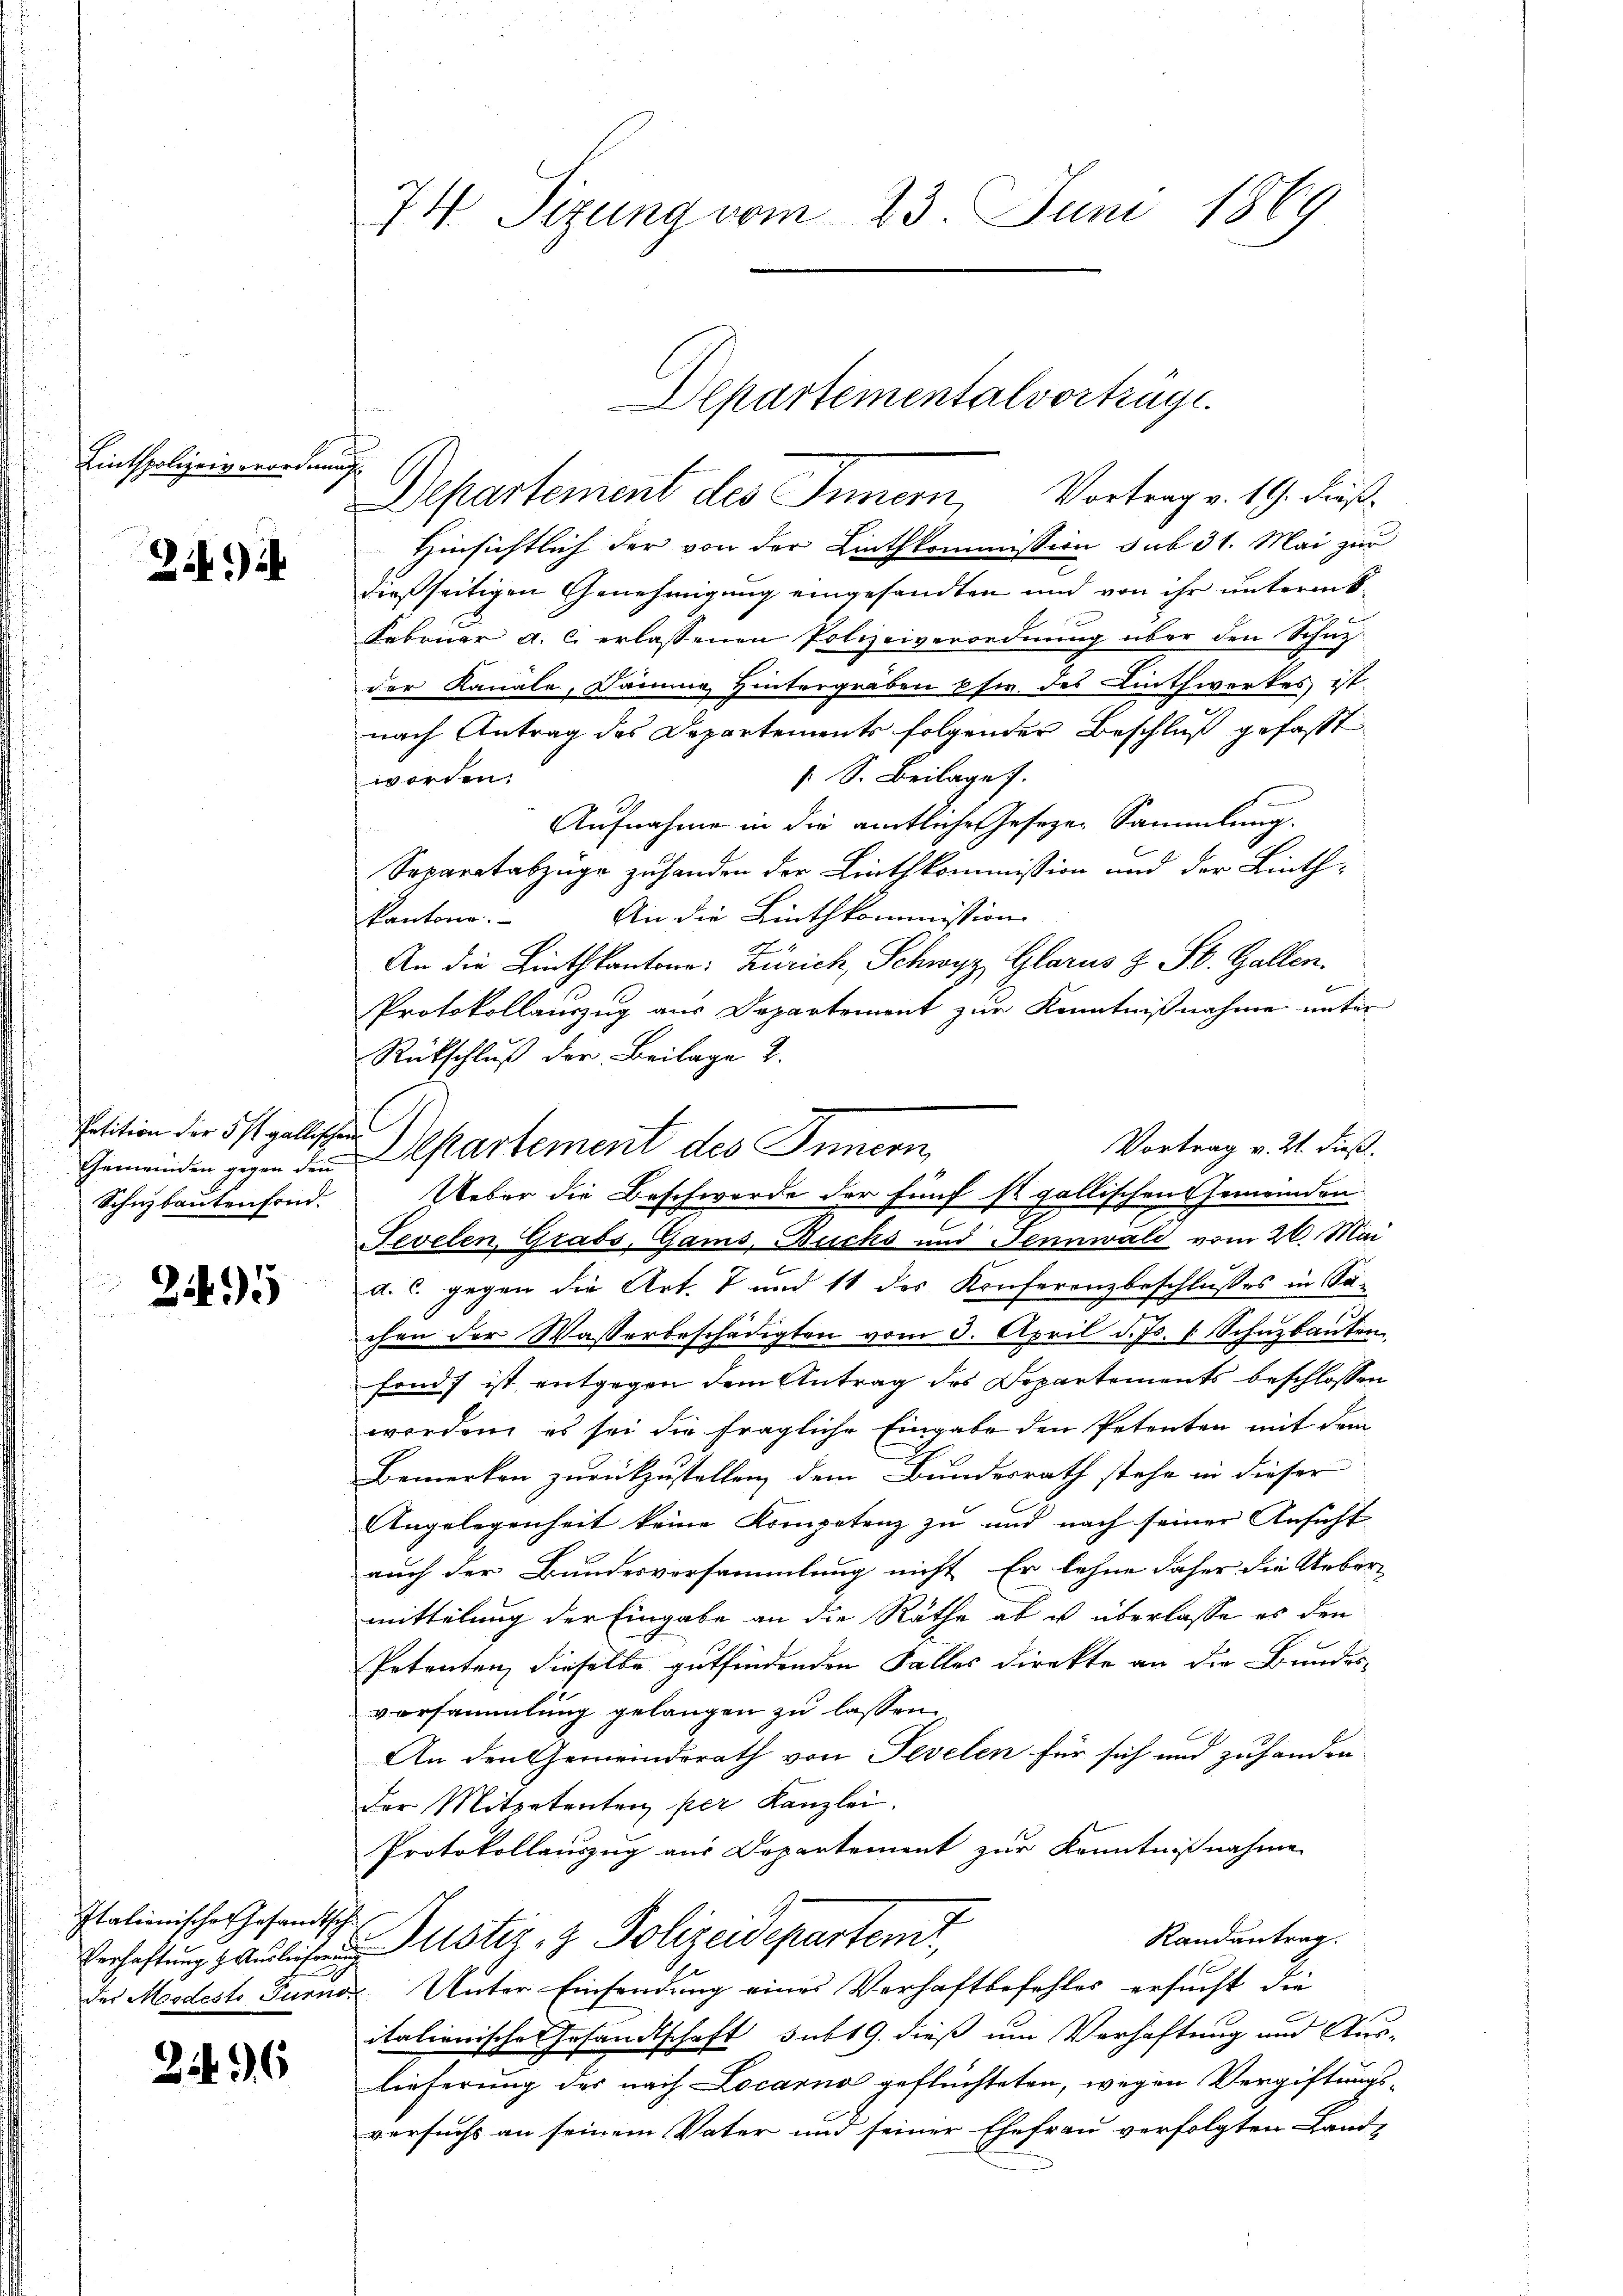
Linthpolizeiverordne

Zif.

Petition der 3 st gallische
Gemeinden gegen den
Schibautenfond.

245

f

Italionisches Gesandtsch
Verhaftung & Auslieferung
des Modesto Turno

26

74 Sizung vom 23. Juni 1869

Hinsichtlich der von der Linthkommission sub 31. Mai zur
dießseitigen Genehmigung eingesandten und von ihr unterm B
Februar a. c. erlassenen Polizeiverordnung über den Schuz
der Kanale, Dämme Hintergräben pfw. des Linthwerkes ist.
nach Antrag des Departements folgender Beschluß gefasst
 S. Beilage 7.
worden.
Aufnahme in die amtliche Gesezen Sammlung.
Separatabzüge zuhanden der Linthkommission und der Linth¬
An die Linthkommission
Kantone.
An die Linthkantone: Zürich, Schwyz, Glarus z. St. Gallen.
Protokollauszug aus Departement zur Kenntnißnahme unter
Rückschluß der Beilage 2.
Vortrag v. Zt. dieß.
Departement des Innern,
eber die Beschwerde der fünf ist gallischen Gemeinden
Fevelen, Grabs, Gams, Buchs und Jennwald vom 26. Mai
d. c. gegen die Art. 7 und 11 des Konferenzbeschlusses in Sachen der Wasserbeschädigten vom 3. April d. Js. v. Schuzbauten
fonds ist entgegen dem Antrag des Dopartements beschlossen
worden, es sei die fragliche Eingabe den Petenten mit dem
Bemerken zurückzustellen dem Bundesrath stehe in dieser
Angelegenheit keine Kompetenz zu und nach seiner Ansicht
auch der Bundesversammlung nicht. Er lehne daher die Ueber-
mittelung der Eingabe an die Räthe ab u überlasse es den
Petenten dieselbe gutfindenden Falles direkte an die Bundes-
versammlung gelangen zu lassen.
An den Gemeinderath von Sevelen für sich und zuhanden
Der Mitpetenten per Kanzlei.
Protokollauszug aus Departement zur Kenntnißnahme
Randantrag.
Justiz- & Polizeidepartemt,
Unter Einsendung eines Verhaftbefehles ersucht die
italienisches Gesandtschaft subt 9. dieß um Verhaftung und Auslieferung des nach Locarno geflüchteten, wegen Vergiftungsversuchs an seinem Vater und seiner Ehefrau verfolgten Land-

Departementalvorträge.
Departement des Innern, Vortrag v. 19. dieß¬